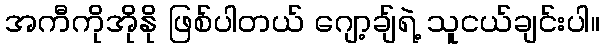
အကီကိုအိုနို ဖြစ်ပါတယ် ဂျော့ချ်ရဲ့ သူငယ်ချင်းပါ။